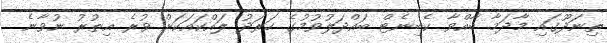
ތިނަދޫގައި މާދަމާ ބާއްވާ ކެބިނެޓް ބައްދަލުވުމުގެ ހަރަދު ލައްކައަކަށް ވުރެ އިތުރު ނުވާނެ